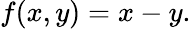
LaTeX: f(x,y)=x-y.